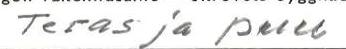
Teräs ja puu